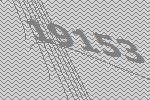
19153